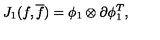
J _ { 1 } ( f , { \overline { f } } ) = { \phi } _ { 1 } \otimes { \partial } { \phi } _ { 1 } ^ { T } ,